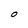
Character: O